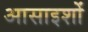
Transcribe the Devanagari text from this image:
आसाइशों